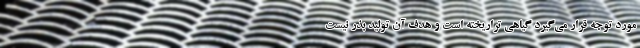
مورد توجه قرار می‌گیرد گیاهی تراریخته است و هدف آن تولید بذر نیست